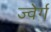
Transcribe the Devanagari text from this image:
ज्वेर्ग